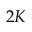
2 K